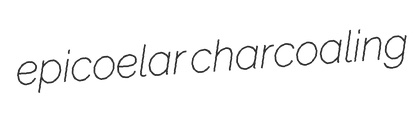
epicoelar charcoaling